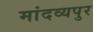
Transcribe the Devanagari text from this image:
मांदव्यपुर